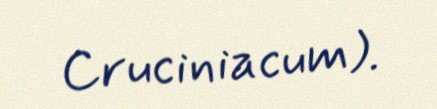
Cruciniacum).